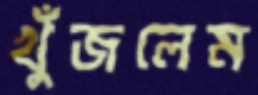
খুঁজলেম